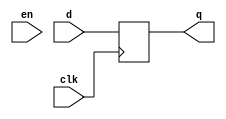
module transparent_latch (
    input wire clk,
    input wire en,
    input wire d,
    output reg q
);

always @(posedge clk) begin
    if (en) begin
        q <= d;
    end else begin
        q <= d;
    end
end

endmodule